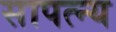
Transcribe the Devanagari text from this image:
सापत्न्य